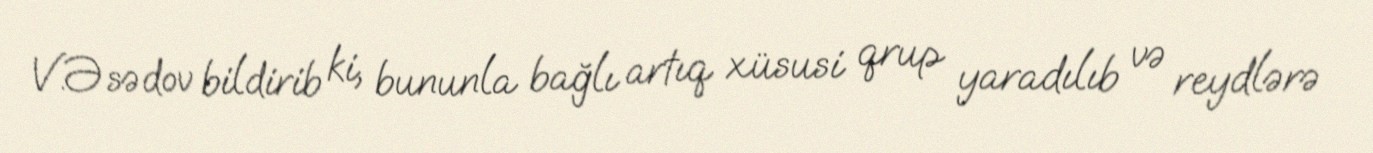
V.Əsədov bildirib ki, bununla bağlı artıq xüsusi qrup yaradılıb və reydlərə